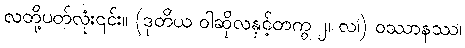
လတို့ပတ်လုံး၎င်း။ (ဒုတိယ ဝါဆိုလနှင့်တကွ ၂၊ လ၊) ဝဿာနဿ၊